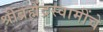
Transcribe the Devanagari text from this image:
श्रीब्रह्मेंद्रस्वामींचे